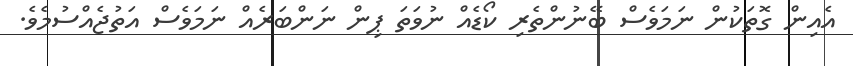
އެއިން ގޮތަކުން ނަމަވެސް ބޭނުންތެރި ކޯޑެއް ނުވަތަ ޕިން ނަންބަރެއް ނަމަވެސް އަތުޖެއްސުމެވެ.